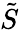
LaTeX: \tilde{S}